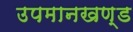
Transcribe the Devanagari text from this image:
उपमानखण्ड